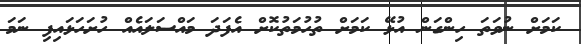
ކަމަށް ނުވަތަ ހިންގަން އުޅޭ ކަމަށް ތުހުމަތުކޮށް އެފަދަ މައްސަލައެއް ހުށަހަޅައިފި ނަމަ